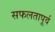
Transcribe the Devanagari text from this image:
सफलतापूर्व